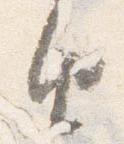
由